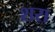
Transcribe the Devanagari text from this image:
शरा